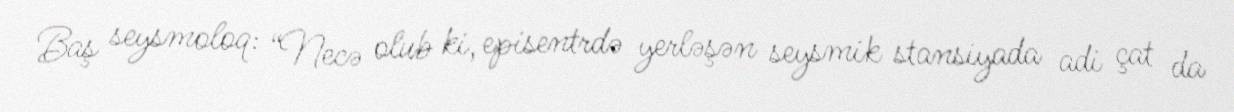
Baş seysmoloq: “Necə olub ki, episentrdə yerləşən seysmik stansiyada adi çat da